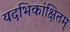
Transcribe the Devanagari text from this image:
यदभिकांक्षितम्